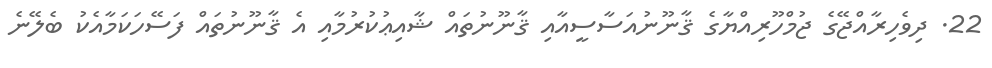
22. ދިވެހިރާއްޖޭގެ ޖުމްހޫރިއްޔާގެ ޤާނޫނުއަސާސީއާއި ޤާނޫނުތައް ޝާއިޢުކުރުމާއި އެ ޤާނޫނުތައް ފަސޭހަކަމާއެކު ބެލޭނެ